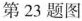
第23题图